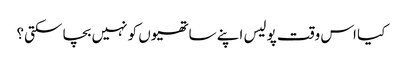
کیا اس وقت پولیس اپنے ساتھیوں کو نہیں بچا سکتی؟